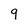
Character: 9